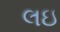
લઇ